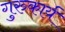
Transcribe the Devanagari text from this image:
गुरुकार्य